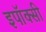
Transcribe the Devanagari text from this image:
इपॉक्सी